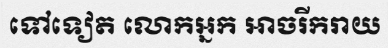
ទៅទៀត លោកអ្នក អាចរីករាយ